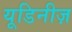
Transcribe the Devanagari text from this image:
यूडिनीज़